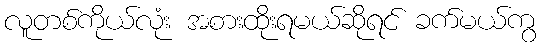
လူတစ်ကိုယ်လုံး အစားထိုးရမယ်ဆိုရင် ခက်မယ်ကွ